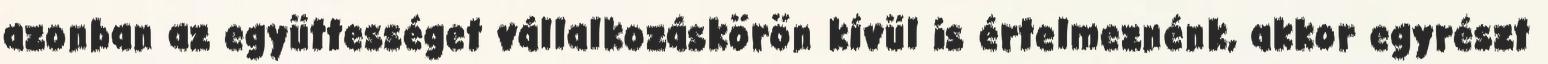
azonban az együttességet vállalkozáskörön kívül is értelmeznénk, akkor egyrészt